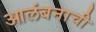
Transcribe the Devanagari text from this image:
आलंबनाची